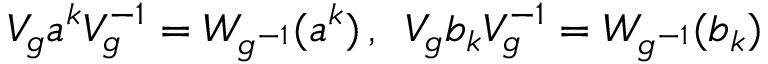
V _ { g } a ^ { k } V _ { g } ^ { - 1 } = W _ { g ^ { - 1 } } ( a ^ { k } ) \, , \enspace V _ { g } b _ { k } V _ { g } ^ { - 1 } = W _ { g ^ { - 1 } } ( b _ { k } )